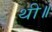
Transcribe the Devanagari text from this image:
थी॥